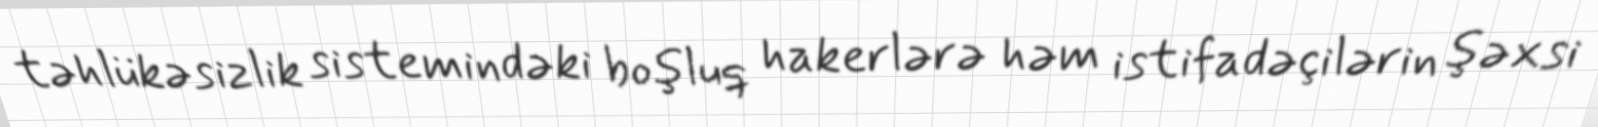
təhlükəsizlik sistemindəki boşluq hakerlərə həm istifadəçilərin şəxsi